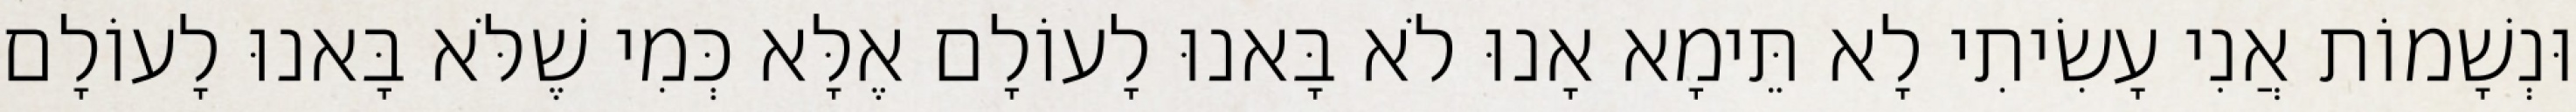
וּנְשָׁמוֹת אֲנִי עָשִׂיתִי לָא תֵּימָא אָנוּ לֹא בָּאנוּ לָעוֹלָם אֶלָּא כְּמִי שֶׁלֹּא בָּאנוּ לָעוֹלָם